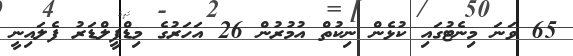
65 ވަނަ މިނެޓުގައި ކުޅެން ނިކުތް އުމުރުން 26 އަހަރުގެ މިޑްފީލްޑަރު ފެލައިނީ